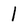
Character: 1